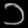
Digit: ၁